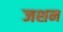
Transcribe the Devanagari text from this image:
जशन